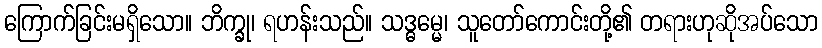
ကြောက်ခြင်းမရှိသော။ ဘိက္ခု၊ ရဟန်းသည်။ သဒ္ဓမ္မေ၊ သူတော်ကောင်းတို့၏ တရားဟုဆိုအပ်သော